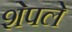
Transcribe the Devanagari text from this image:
शेपले